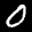
Label: 0